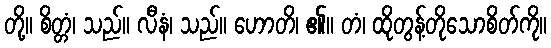
တို့။ စိတ္တံ၊ သည်။ လီနံ၊ သည်။ ဟောတိ၊ ၏။ တံ၊ ထိုတွန့်တိုသောစိတ်ကို။